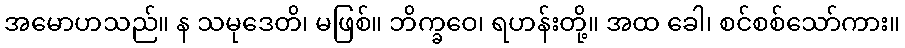
အမောဟသည်။ န သမုဒေတိ၊ မဖြစ်။ ဘိက္ခဝေ၊ ရဟန်းတို့။ အထ ခေါ၊ စင်စစ်သော်ကား။